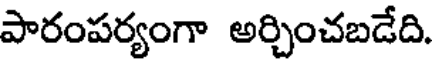
పారంపర్యంగా అర్చించబడేది.